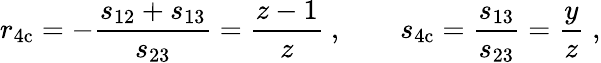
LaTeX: r_{\mathrm{4c}}=-\frac{s_{12}+s_{13}}{s_{23}}=\frac{z-1}{z}\ ,\qquad s_{\mathrm{4c}}=\frac{s_{13}}{s_{23}}=\frac{y}{z}\; ,